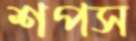
শপস